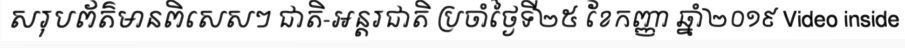
សរុបព័ត៌មានពិសេសៗ ជាតិ-អន្តរជាតិ ប្រចាំថ្ងៃទី២៥ ខែកញ្ញា ឆ្នាំ២០១៩ Video inside